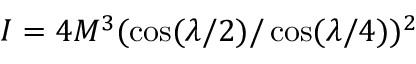
I = 4 M ^ { 3 } ( \cos ( \lambda / 2 ) / \cos ( \lambda / 4 ) ) ^ { 2 }